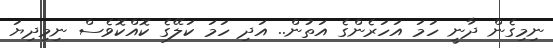
ނިމިގެން ދާނީ ހަމަ އަހަރެންގެ އަތުން.. އަދި ހަމަ ކަލޭގެ ކޮއްކޮވެސް ނިމިދިޔަ